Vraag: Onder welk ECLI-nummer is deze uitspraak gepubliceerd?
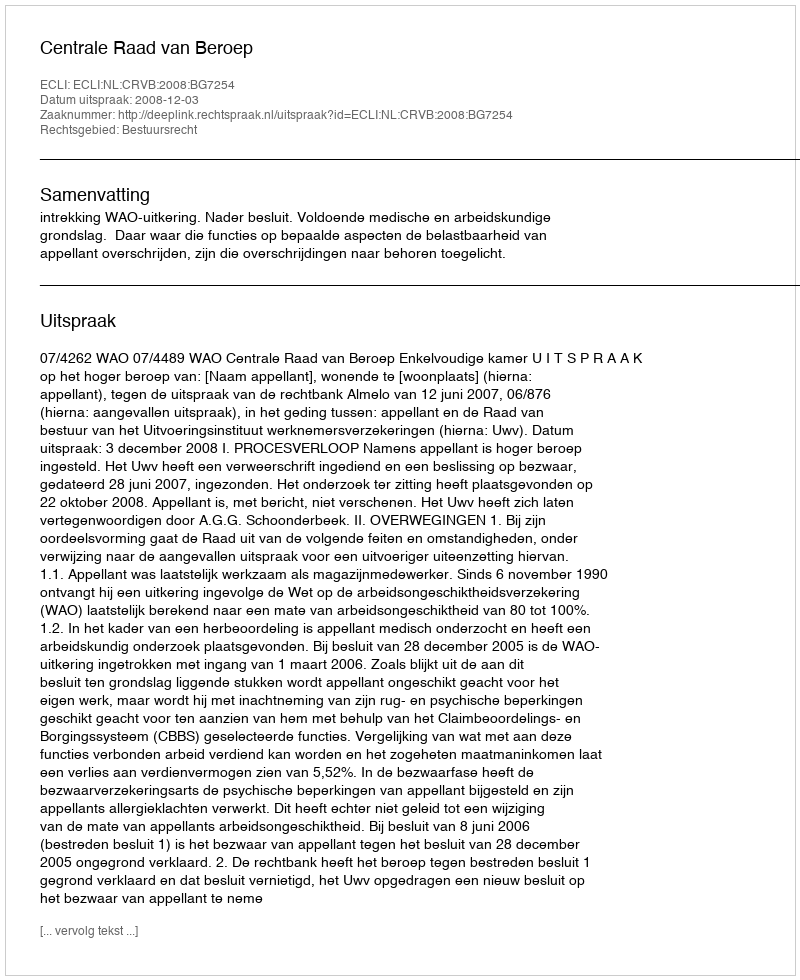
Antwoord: ECLI:NL:CRVB:2008:BG7254